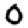
Digit: 0